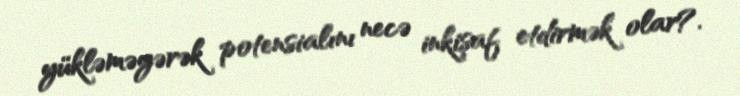
yükləməyərək potensialını necə inkişaf etdirmək olar?.